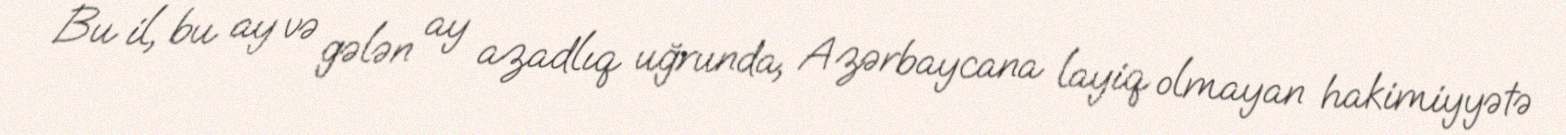
Bu il, bu ay və gələn ay azadlıq uğrunda, Azərbaycana layiq olmayan hakimiyyətə